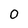
Character: 0